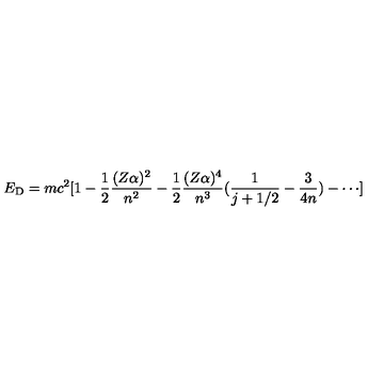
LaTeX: E _ { \mathrm { D } } = m c ^ { 2 } [ 1 - \frac { 1 } { 2 } \frac { ( Z \alpha ) ^ { 2 } } { n ^ { 2 } } - \frac { 1 } { 2 } \frac { ( Z \alpha ) ^ { 4 } } { n ^ { 3 } } ( \frac { 1 } { j + 1 / 2 } - \frac { 3 } { 4 n } ) - \cdots ]